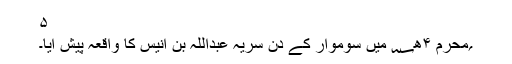
۵
؍محرم ۴ھ؁ میں سوموار کے دن سریہ عبداللہ بن انیسؓ کا واقعہ پیش آیا۔